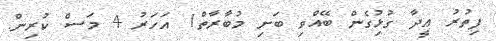
ފިތުރު ޢީދާ ގުޅުިގެން ބޭއްވި ބަށި މުބާރާތް1 އަހަރު 4 މަސް ކުރިން.